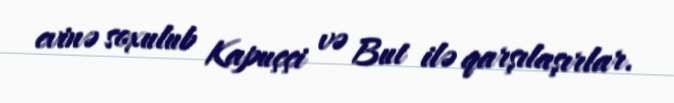
evinə soxulub Kapuççi və But ilə qarşılaşırlar.